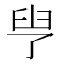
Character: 𦥗